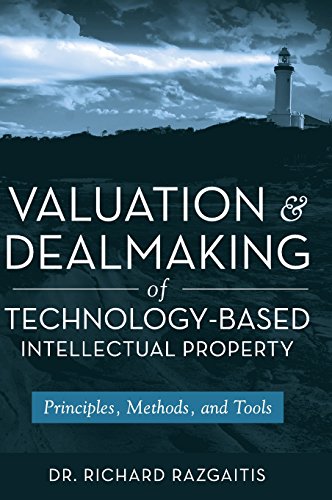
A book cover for Valuation and Dealmaking of Technology-Based Intellectual Property: Principles, Methods and Tools; Richard Razgaitis; Business & Money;